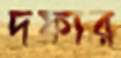
দফার